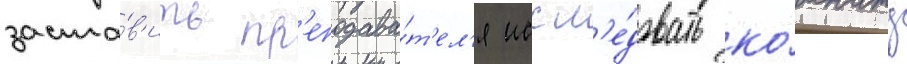
заста́в'ить пр'еподава́т'ел'я иссл'е́довать ко́мнату